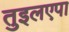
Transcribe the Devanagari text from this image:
तुइलएपा